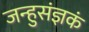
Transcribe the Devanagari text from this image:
जन्हुसंज्ञकं